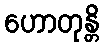
ဟောတုန္တိ